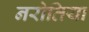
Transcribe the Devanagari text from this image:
नरोतिया